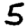
Digit: 5